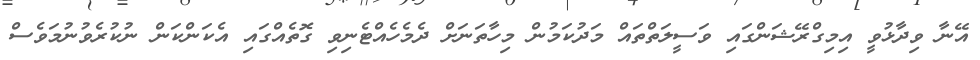
އޭނާ ވިދާޅުވީ އިމިގްރޭޝަންގައި ވަސީލަތްތައް މަދުކަމުން މިހާތަނަށް ދެމެހެއްޓެނިވި ގޮތެއްގައި އެކަންކަން ނުކުރެވުނުމަވެސް